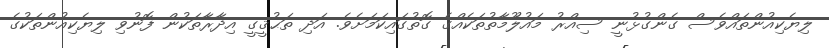
ލިޔެކިއުންތައްވެސް ގެންގުޅުނީ ސިއްރު މައުލޫމާތުތަކެއްގެ ގޮތުގައިކަމަށެވެ. އަދި ތަޙުޤީގީ އިދާރާތަކުން ފޮނުވި ލިޔެކިއުންތަކުގެ